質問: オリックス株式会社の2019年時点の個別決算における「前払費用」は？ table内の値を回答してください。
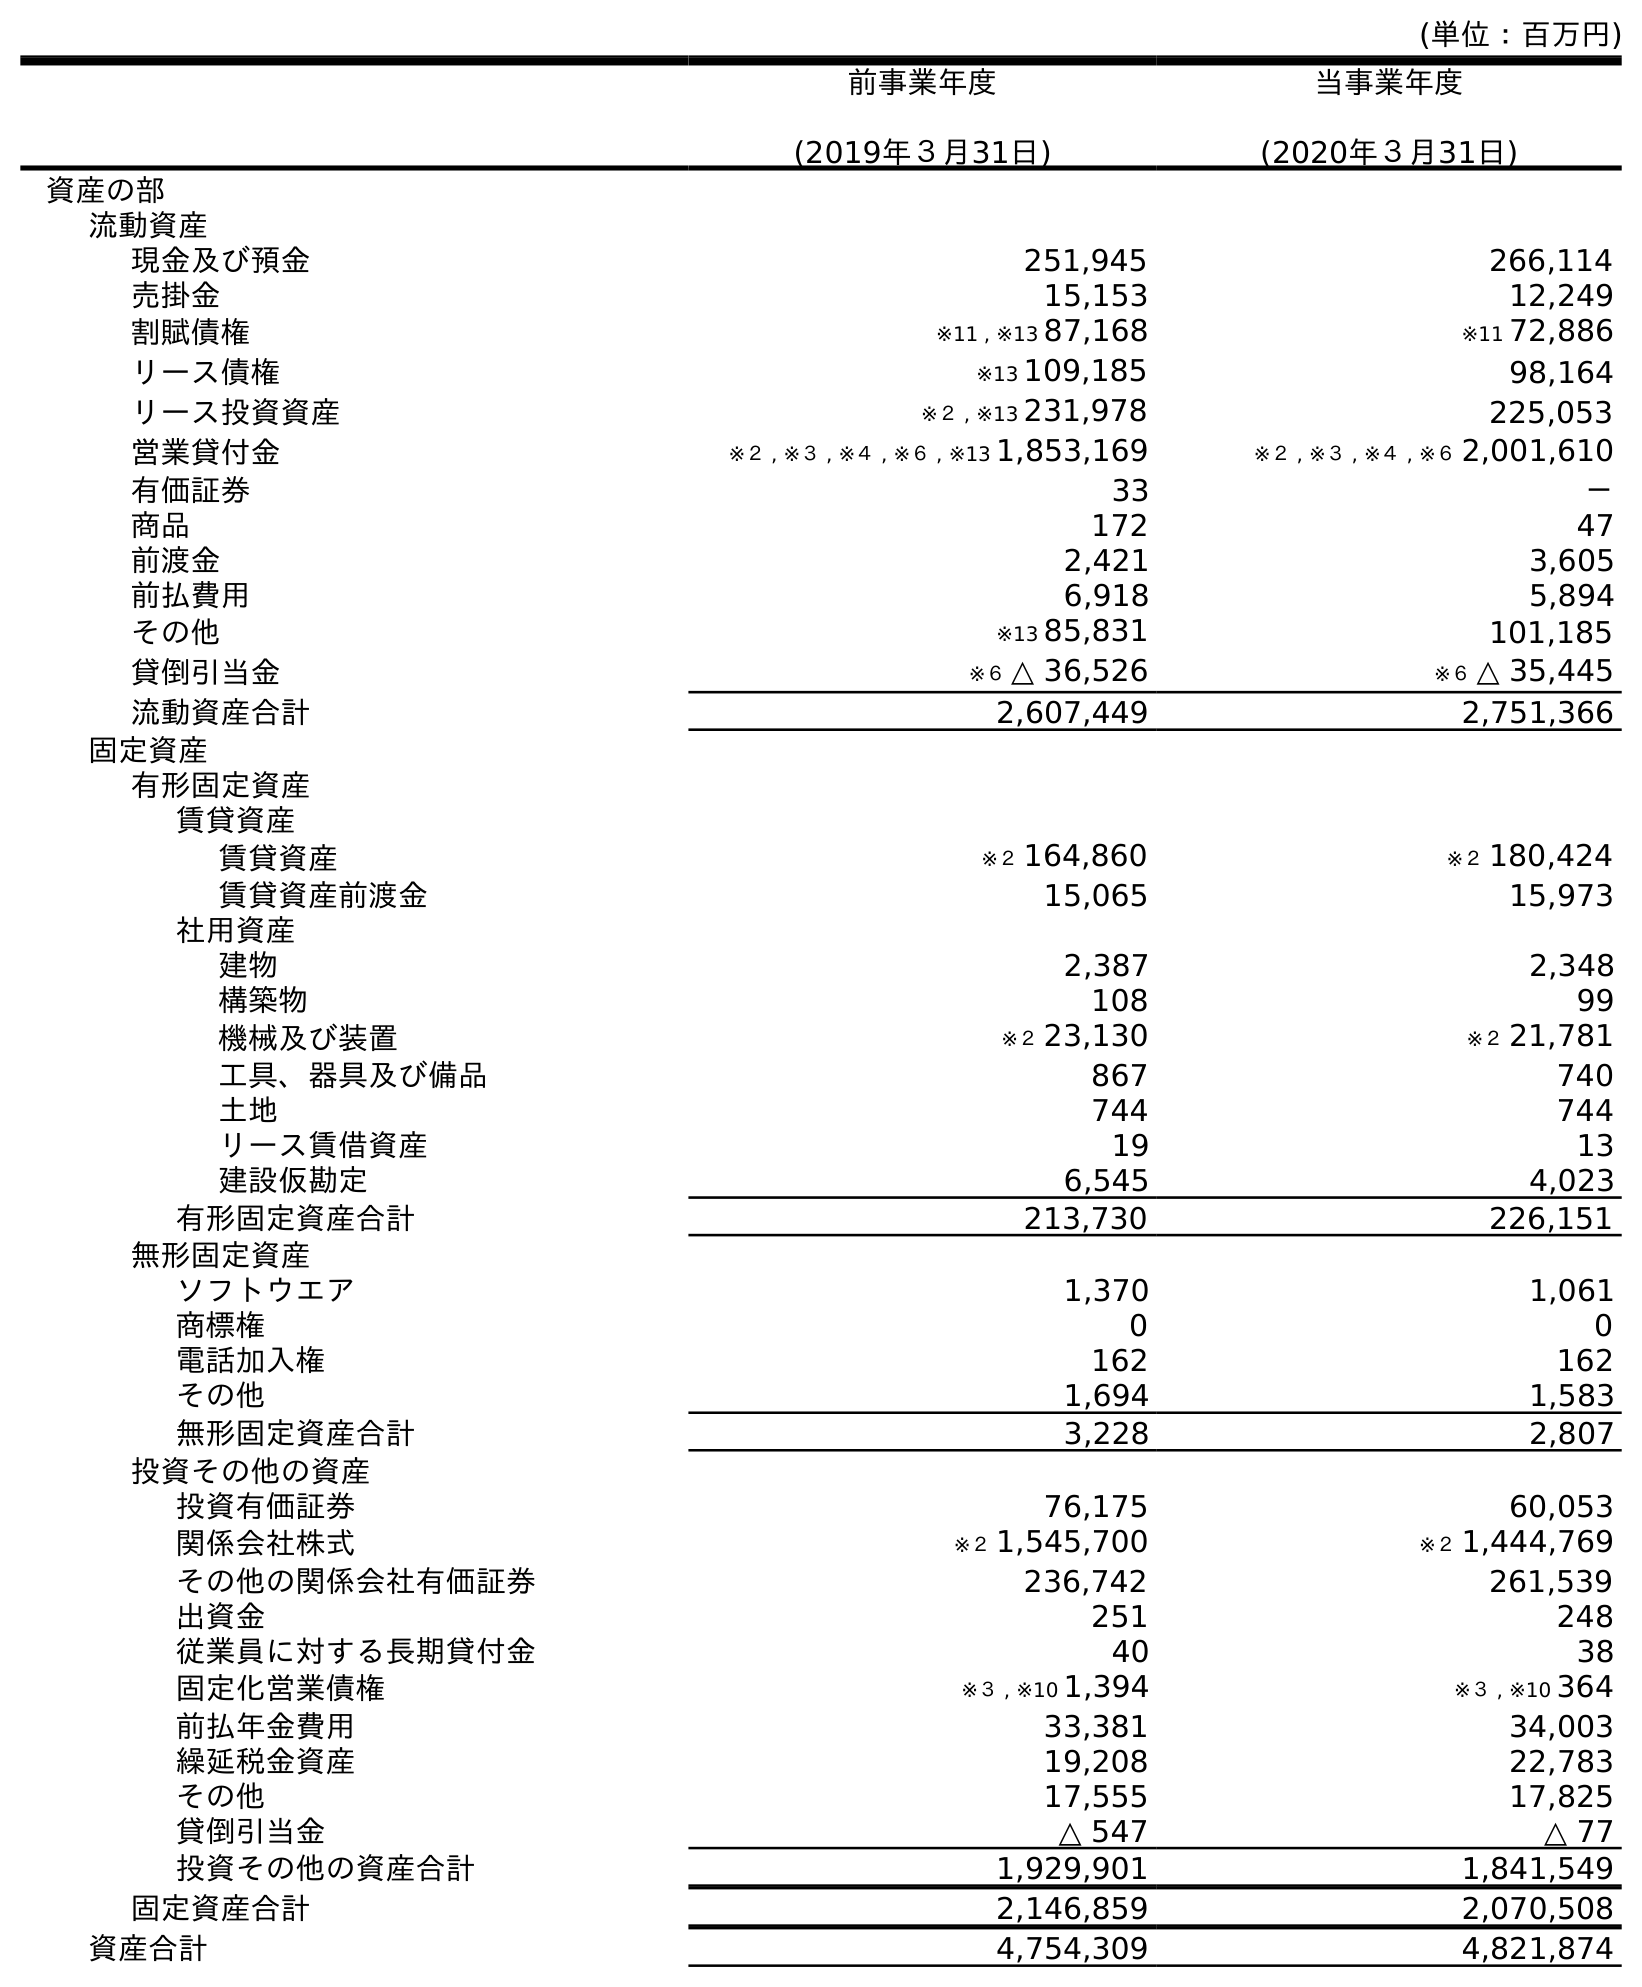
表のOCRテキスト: (単位：百万円) 前事業年度 (2019年３月31日) 当事業年度 (2020年３月31日) 資産の部 流動資産 現金及び預金 251,945 266,114 売掛金 15,153 12,249 割賦債権 ※11 , ※13 87,168 ※11 72,886 リース債権 ※13 109,185 98,164 リース投資資産 ※２ , ※13 231,978 225,053 営業貸付金 ※２ , ※３ , ※４ , ※６ , ※13 1,853,169 ※２ , ※３ , ※４ , ※６ 2,001,610 有価証券 33 － 商品 172 47 前渡金 2,421 3,605 前払費用 6,918 5,894 その他 ※13 85,831 101,185 貸倒引当金 ※６ △ 36,526 ※６ △ 35,445 流動資産合計 2,607,449 2,751,366 固定資産 有形固定資産 賃貸資産 賃貸資産 ※２ 164,860 ※２ 180,424 賃貸資産前渡金 15,065 15,973 社用資産 建物 2,387 2,348 構築物 108 99 機械及び装置 ※２ 23,130 ※２ 21,781 工具、器具及び備品 867 740 土地 744 744 リース賃借資産 19 13 建設仮勘定 6,545 4,023 有形固定資産合計 213,730 226,151 無形固定資産 ソフトウエア 1,370 1,061 商標権 0 0 電話加入権 162 162 その他 1,694 1,583 無形固定資産合計 3,228 2,807 投資その他の資産 投資有価証券 76,175 60,053 関係会社株式 ※２ 1,545,700 ※２ 1,444,769 その他の関係会社有価証券 236,742 261,539 出資金 251 248 従業員に対する長期貸付金 40 38 固定化営業債権 ※３ , ※10 1,394 ※３ , ※10 364 前払年金費用 33,381 34,003 繰延税金資産 19,208 22,783 その他 17,555 17,825 貸倒引当金 △ 547 △ 77 投資その他の資産合計 1,929,901 1,841,549 固定資産合計 2,146,859 2,070,508 資産合計 4,754,309 4,821,874
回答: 6,918